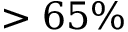
> 6 5 \%